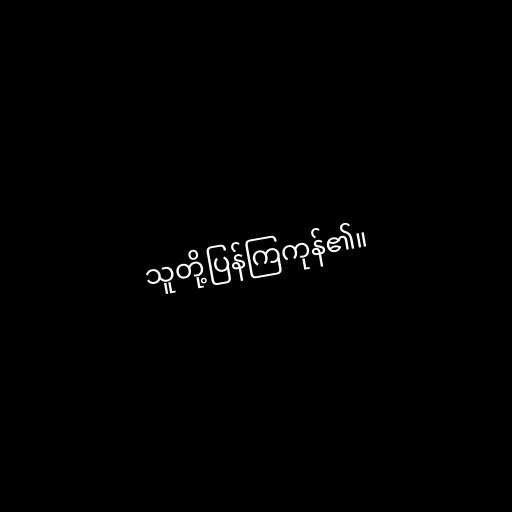
သူတို့ပြန်ကြကုန်၏။